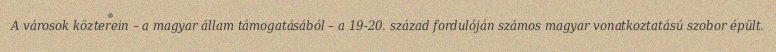
A városok közterein – a magyar állam támogatásából – a 19-20. század fordulóján számos magyar vonatkoztatású szobor épült.